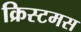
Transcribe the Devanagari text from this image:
क्रिस्टमस